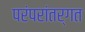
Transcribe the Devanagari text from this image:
परंपरांतर्गत